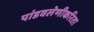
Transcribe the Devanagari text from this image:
पांडवलेणीकरिता